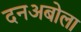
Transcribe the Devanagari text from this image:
दनअबोला